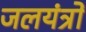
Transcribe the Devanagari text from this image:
जलयंत्रों